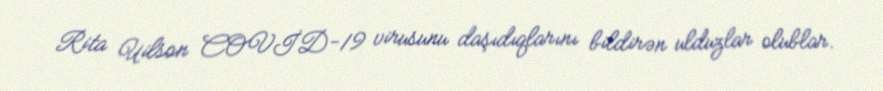
Rita Uilson COVİD-19 virusunu daşıdıqlarını bildirən ulduzlar olublar.